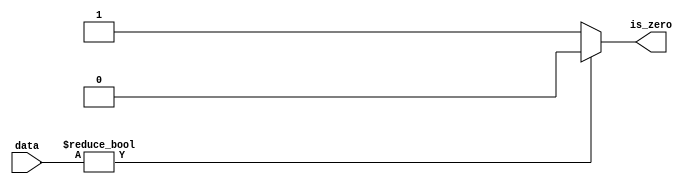
module comparator
(
    input wire [WIDTH-1:0] data,
    output wire is_zero
);
    parameter WIDTH = 8;
    assign is_zero = data ? 0 : 1;
endmodule